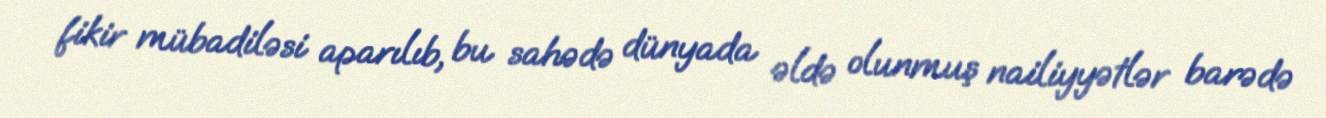
fikir mübadiləsi aparılıb, bu sahədə dünyada əldə olunmuş nailiyyətlər barədə